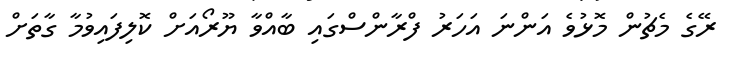
ރޭގެ މެޗުން މޮޅުވެ އަންނަ އަހަރު ފްރާންސްގައި ބާއްވާ ޔޫރޯއަށް ކޮލިފައިވުމާ ގާތަށް